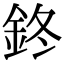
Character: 鉖